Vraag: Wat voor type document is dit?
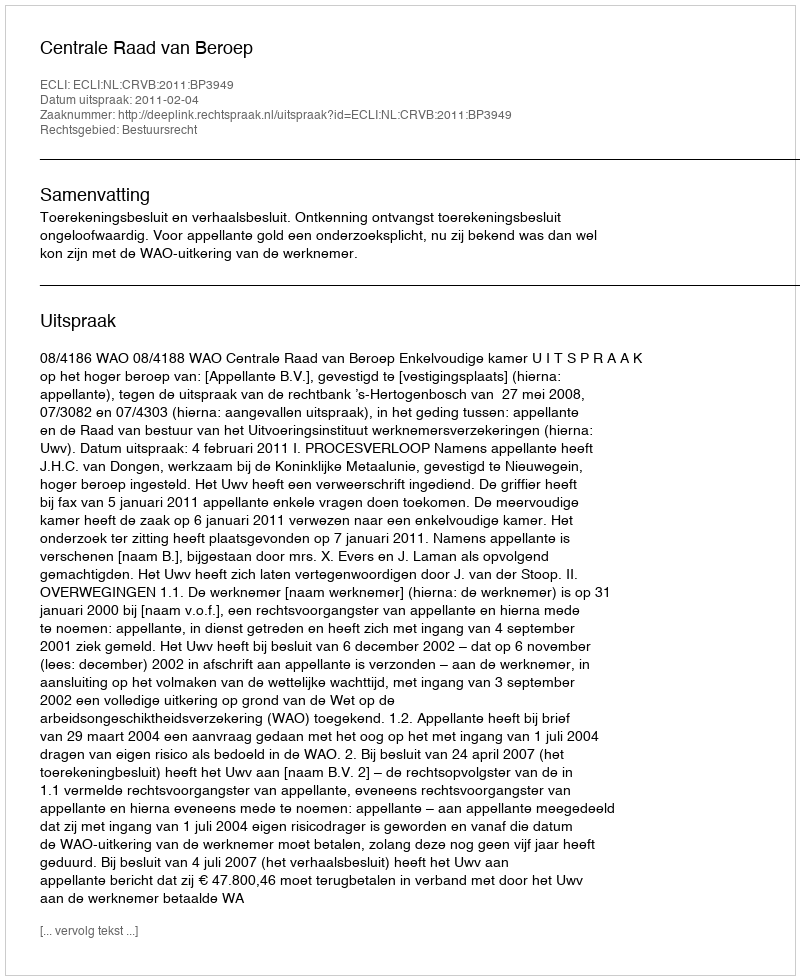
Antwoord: Uitspraak